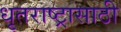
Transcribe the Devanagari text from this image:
धृतराष्ट्रासाठी